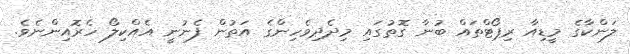
ލަންކާގެ މީޑިއާ ރިޕޯޓްތައް ބުނާ ގޮތުގައި މިދެދިވެހިންގެ އަތުން ފެނުނީ އެއްކިލޯ ހެރޮއިންނެވެ.